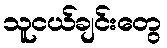
သူငယ်ချင်းတွေ